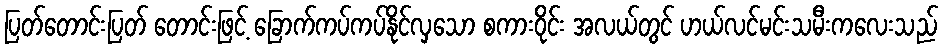
ပြတ်တောင်းပြတ် တောင်းဖြင့် ခြောက်ကပ်ကပ်နိုင်လှသော စကားဝိုင်း အလယ်တွင် ဟယ်လင်မင်းသမီးကလေးသည်